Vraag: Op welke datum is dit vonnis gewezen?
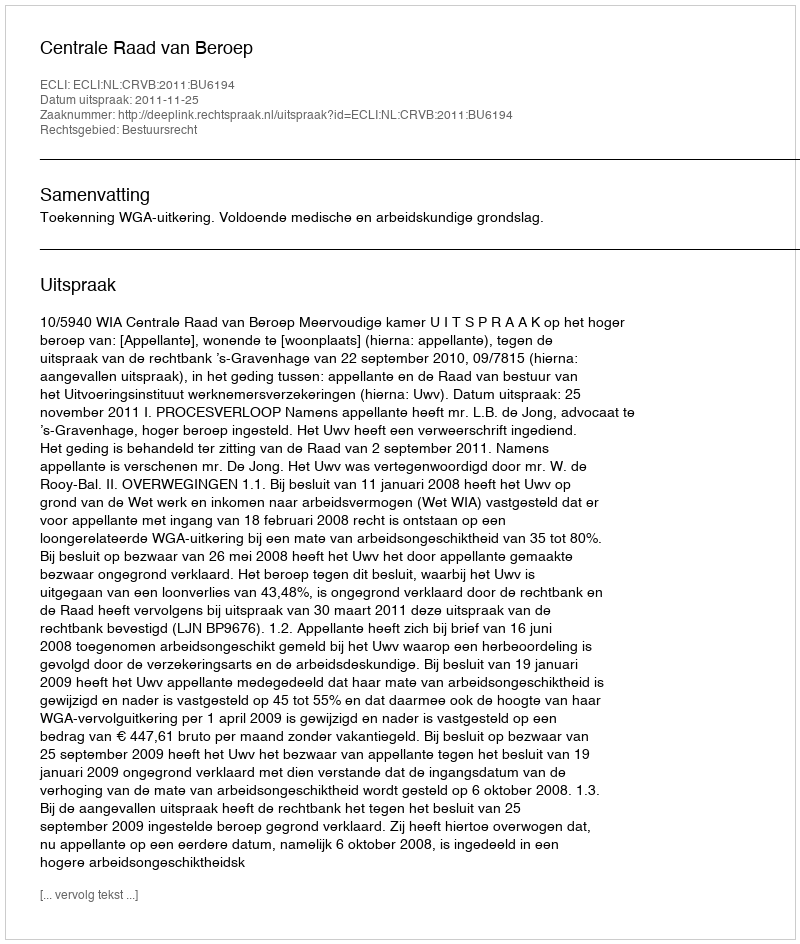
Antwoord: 2011-11-25